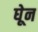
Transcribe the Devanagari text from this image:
घेून